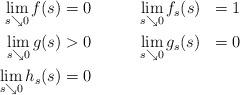
LaTeX: \begin{align*} \begin{aligned}\lim_{s \searrow 0} f(s) & = 0 &\qquad& \lim_{s \searrow 0} f_s(s) & = 1 \\\lim_{s \searrow 0} g(s) & > 0 &\qquad&\lim_{s \searrow 0} g_s(s) & = 0 \\\lim_{s \searrow 0} h_s(s) & = 0 \end{aligned} \end{align*}